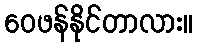
ဝေဖန်နိုင်တာလား။